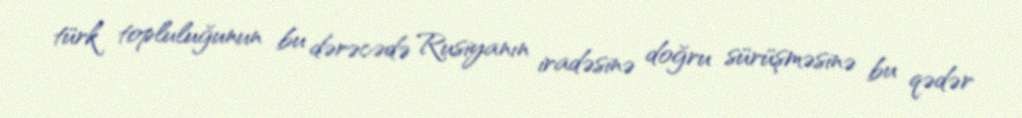
türk topluluğunun bu dərəcədə Rusiyanın iradəsinə doğru sürüşməsinə bu qədər